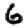
Digit: 6